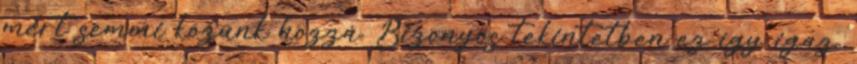
mert semmi közünk hozzá. Bizonyos tekintetben ez így igaz.